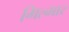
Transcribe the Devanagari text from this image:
गिल्मार